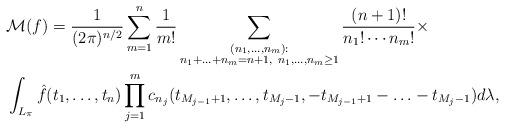
LaTeX: \begin{align*}& \mathcal{M}(f)= \frac{1}{(2\pi)^{n/2}}\*\sum_{m=1}^n\* \frac{1}{m!}\*\sum_{\substack{(n_1, \ldots, n_m):\\ n_1+\ldots +n_m=n+1, \ n_1, \ldots, n_m\geq 1}} \* \frac{(n+1)!}{n_1!\cdots n_m!}\times\\ & \int_{L_{\pi}} \hat{f}(t_1, \ldots, t_n)\* \prod_{j=1}^m c_{n_j}(t_{M_{j-1}+1}, \ldots, t_{M_j-1}, -t_{M_{j-1}+1}-\ldots - t_{M_j-1}) \*d\lambda, \end{align*}